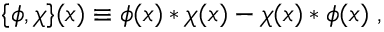
\{ \phi , \chi \} ( x ) \equiv \phi ( x ) * \chi ( x ) - \chi ( x ) * \phi ( x ) \; ,